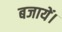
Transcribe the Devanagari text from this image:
बजायें।